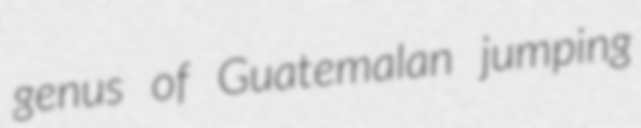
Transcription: genus of Guatemalan jumping